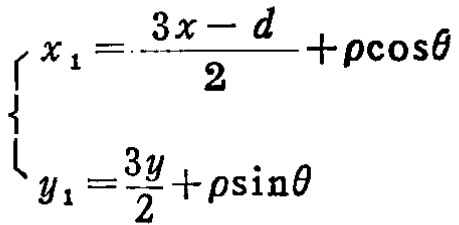
\[\begin{cases}
x_{1}=\frac{3x - d}{2}+\rho\cos\theta\\
y_{1}=\frac{3y}{2}+\rho\sin\theta
\end{cases}\]